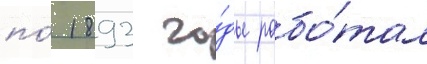
по́ 1893 го́ды рабо́тал